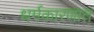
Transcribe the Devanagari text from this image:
धर्मकारणात